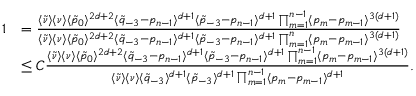
\begin{array} { r l } { 1 } & { = \frac { \langle \tilde { \nu } \rangle \langle \nu \rangle \langle \tilde { p } _ { 0 } \rangle ^ { 2 d + 2 } \langle \tilde { q } _ { - 3 } - p _ { n - 1 } \rangle ^ { d + 1 } \langle \tilde { p } _ { - 3 } - p _ { n - 1 } \rangle ^ { d + 1 } \prod _ { m = 1 } ^ { n - 1 } \langle p _ { m } - p _ { m - 1 } \rangle ^ { 3 ( d + 1 ) } } { \langle \tilde { \nu } \rangle \langle \nu \rangle \langle \tilde { p } _ { 0 } \rangle ^ { 2 d + 2 } \langle \tilde { q } _ { - 3 } - p _ { n - 1 } \rangle ^ { d + 1 } \langle \tilde { p } _ { - 3 } - p _ { n - 1 } \rangle ^ { d + 1 } \prod _ { m = 1 } ^ { n } \langle p _ { m } - p _ { m - 1 } \rangle ^ { 3 ( d + 1 ) } } } \\ & { \leq C \frac { \langle \tilde { \nu } \rangle \langle \nu \rangle \langle \tilde { p } _ { 0 } \rangle ^ { 2 d + 2 } \langle \tilde { q } _ { - 3 } - p _ { n - 1 } \rangle ^ { d + 1 } \langle \tilde { p } _ { - 3 } - p _ { n - 1 } \rangle ^ { d + 1 } \prod _ { m = 1 } ^ { n - 1 } \langle p _ { m } - p _ { m - 1 } \rangle ^ { 3 ( d + 1 ) } } { \langle \tilde { \nu } \rangle \langle \nu \rangle \langle \tilde { q } _ { - 3 } \rangle ^ { d + 1 } \langle \tilde { p } _ { - 3 } \rangle ^ { d + 1 } \prod _ { m = 1 } ^ { n - 1 } \langle p _ { m } - p _ { m - 1 } \rangle ^ { d + 1 } } . } \end{array}